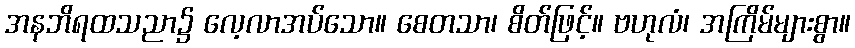
အနဘိရထသညာ၌ လေ့လာအပ်သော။ စေတသာ၊ စိတ်ဖြင့်။ ဗဟုလံ၊ အကြိမ်များစွာ။